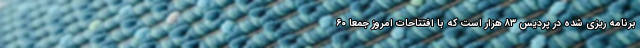
برنامه ریزی شده در پردیس ۸۳ هزار است که با افتتاحات امروز جمعا ۶۰